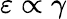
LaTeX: \varepsilon\propto\gamma